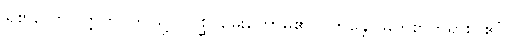
ရှု၏လော။ ဣတိ၊ ဤသို့။ (ပုစ္ဆိ၊ မေးတော်မူ၏။) ဘန္တေ၊ မြတ်စွာဘုရား။ ဧဝံ၊